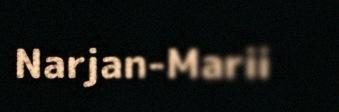
Narjan-Marii